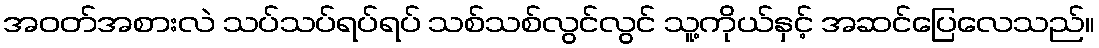
အဝတ်အစားလဲ သပ်သပ်ရပ်ရပ် သစ်သစ်လွင်လွင် သူ့ကိုယ်နှင့် အဆင်ပြေလေသည်။